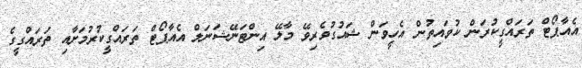
އެއާޕޯޓް ތަރައްގީކުރަން ކުވައިތުން އެހީވަން ޝައުގުވެރިވޭ މާލޭ އިންޓަނޭޝަނަލް އެއާޕޯޓް ތަރައްގީކުރުމަށާއި ތަރައްގީގެ